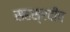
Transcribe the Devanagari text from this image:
सहस्रदीप